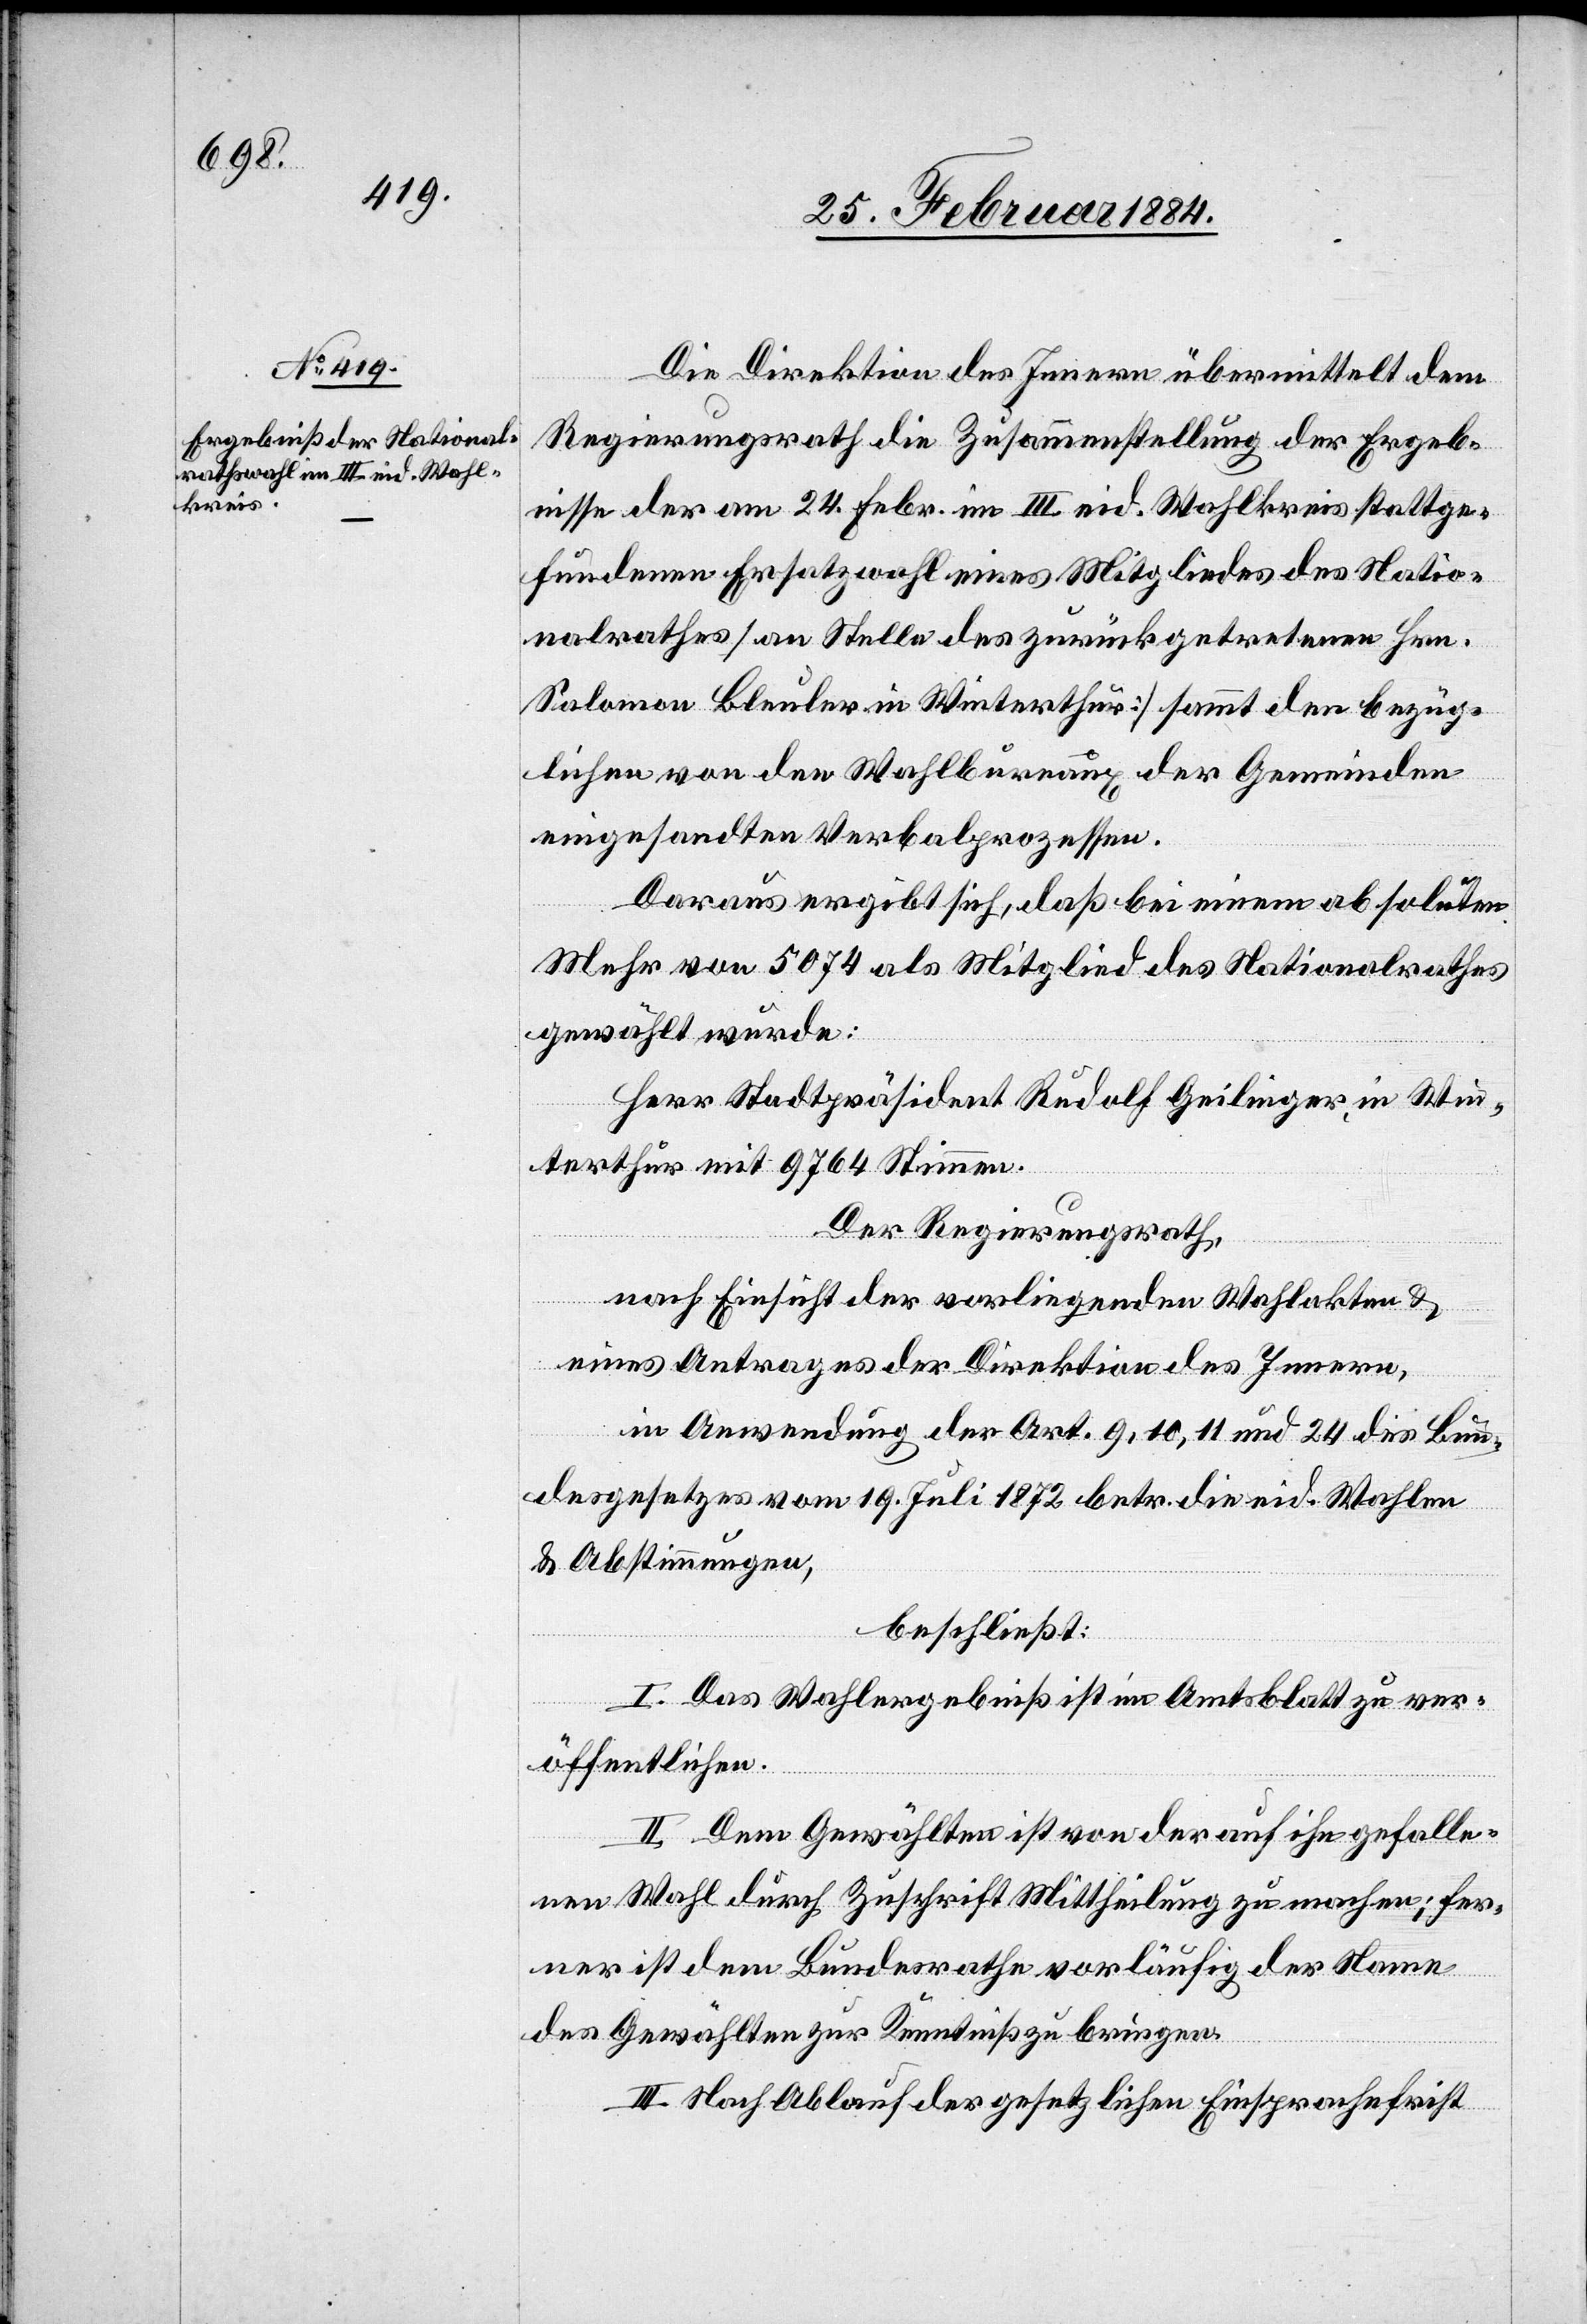
25. Februar 1884.]
Die Direktion des Innern übermittelt dem
Regierungsrath die Zusammenstellung der Ergeb¬
nisse der am 24. Febr. im III. eid. Wahlkreis stattge¬
fundenen Ersatzwahl eines Mitgliedes des Natio¬
nalrathes [an Stelle des zurückgetretenen Hrn.
Salomon Bleuler in Winterthur] sammt den bezüg¬
lichen von den Wahlbureaux der Gemeinden
eingesandten Verbalprozessen.
Daraus ergibt sich, daß bei einem absoluten
Mehr von 5074 als Mitglied des Nationalrathes
gewählt wurde:
Herr Stadtpräsident Rudolf Geilinger, in Win¬
terthur mit 9764 Stimmen.
Der Regierungsrath,
nach Einsicht der vorliegenden Wahlakten &
eines Antrages der Direktion des Innern,
in Anwendung der Art. 9, 10, 11 und 24 des Bun¬
desgesetzes vom 19. Juli 1872 betr. die eid. Wahlen
& Abstimmungen,
beschließt:
I. Das Wahlergebniß ist im Amtsblatt zu ver¬
öffentlichen.
II. Dem Gewählten ist von der auf ihn gefalle¬
nen Wahl durch Zuschrift Mittheilung zu machen; fer¬
ner ist dem Bundesrathe vorläufig der Name
des Gewählten zur Kenntniß zu bringen.
III. Nach Ablauf der gesetzlichen Einsprachefrist